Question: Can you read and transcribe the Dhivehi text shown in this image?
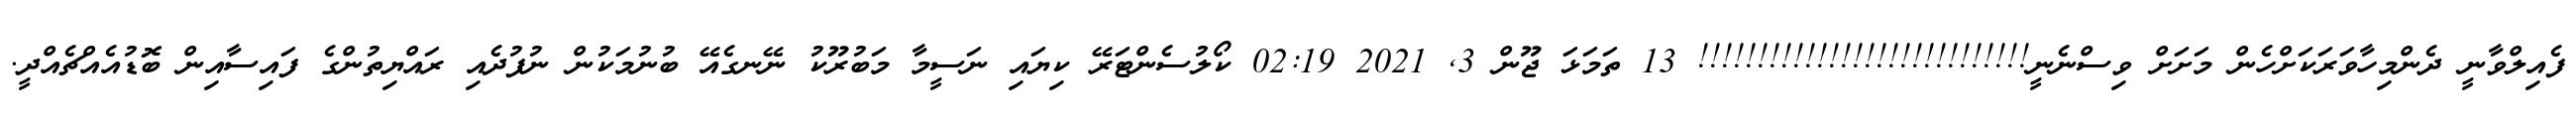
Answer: ފެއިލްވާނީ ދެންމިހާވަރަކަށްހެން މަށަށް ވިސްނެނީ!!!!!!!!!!!!!!!!!!!!!!!!!!!! 13 ތަމަޅަ ޖޫން 3, 2021 02:19 ކޯލުސެންޓަރޭ ކިޔައި ނަސީމާ މަބުރޫކު ނޭނގެއޭ ބުނުމަކުން ނުފުދެއި ރައްޔިތުންގެ ފައިސާއިން ބޮޑުއެއްޗެއްދީ.